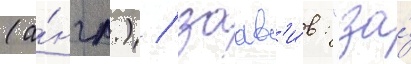
(а́нгл.) / заав'и́в: "за́